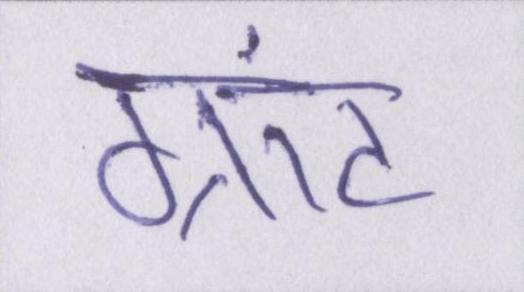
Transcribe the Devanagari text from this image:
ग्रांट